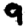
Digit: 9